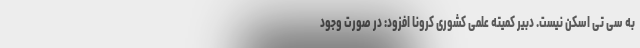
به سی تی اسکن نیست. دبیر کمیته علمی کشوری کرونا افزود: در صورت وجود